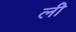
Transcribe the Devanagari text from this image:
लीे